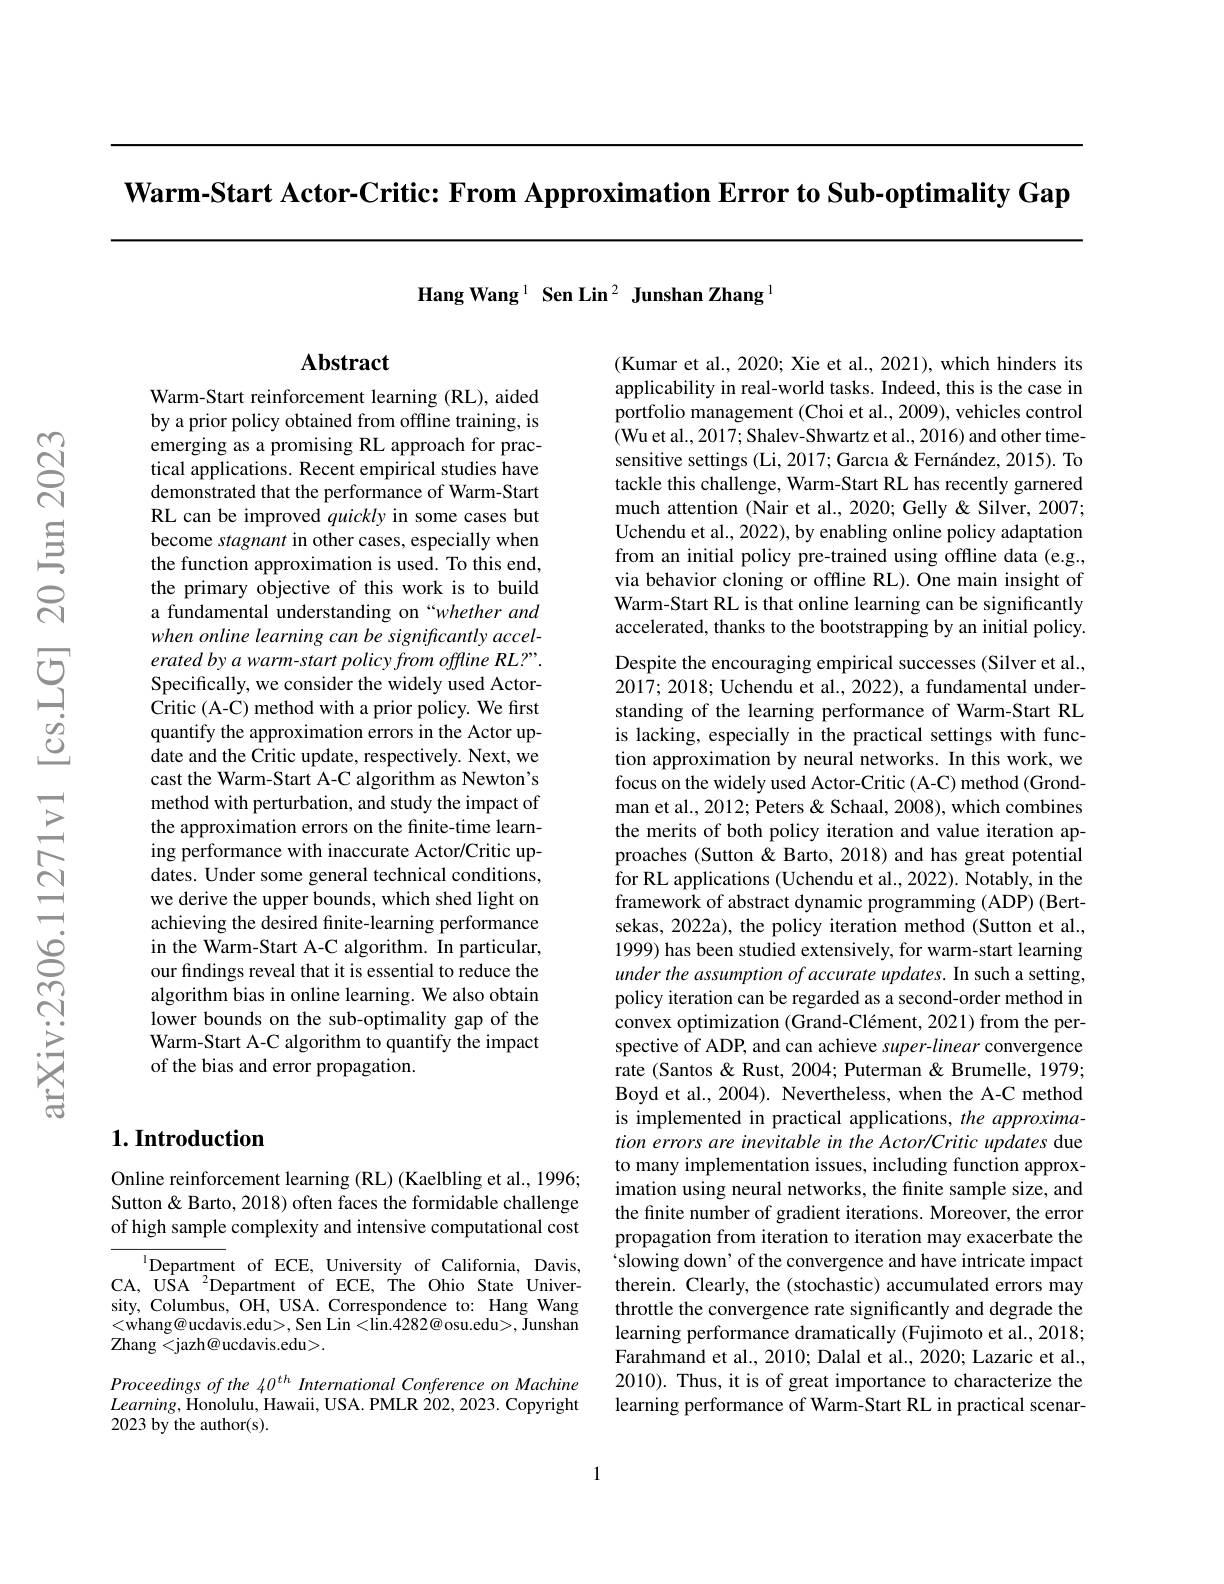
Warm-Start Actor-Critic: From Approximation Error to Sub-optimality Gap

Hang Wang 1 Sen Lin 2 Junshan Zhang

Abstract

Warm-Start reinforcement learning (RL), aided by a prior policy obtained from offline training, is emerging as a promising RL approach for practical applications. Recent empirical studies have demonstrated that the performance of Warm-Start RL can be improved quickly in some cases but become stagnant in other cases, especially when the function approximation is used. To this end, the primary objective of this work is to build a fundamental understanding on “whether and when online learning can be significantly accelerated by a warm-start policy from offline RL?”. Specifically, we consider the widely used ActorCritic (A-C) method with a prior policy. We first quantify the approximation errors in the Actor update and the Critic update, respectively. Next, we cast the Warm-Start A-C algorithm as Newton's method with perturbation, and study the impact of the approximation errors on the finite-time learning performance with inaccurate Actor/Critic updates. Under some general technical conditions, we derive the upper bounds, which shed light on achieving the desired finite-learning performance in the Warm-Start A-C algorithm. In particular, our findings reveal that it is essential to reduce the algorithm bias in online learning. We also obtain lower bounds on the sub-optimality gap of the Warm-Start A-C algorithm to quantify the impact of the bias and error propagation.

## $1. \textbf{Introduction}$

Online reinforcement learning (RL) (Kaelbling et al., 1996; Sutton & Barto, 2018) often faces the formidable challenge of high sample complexity and intensive computational cost

$^{1}$Department of ECE, University of California, Davis, CA, USA $^2$Department of ECE, The Ohio State University, Columbus, OH, USA. Correspondence to: Hang Wang <whang@ucdavis.edu>, Sen Lin<lin$.4282@$osu.edu>,Junshan Zhang<jazh@ucdavis.edu>.

Proceedings of the 40$^{th}$ International Conference on Machine $Learning$,Honolulu, Hawaii, USA. PMLR 202, 2023. Copyright 2023 by the author(s).

(Kumar et al., 2020; Xie et al., 2021), which hinders its applicability in real-world tasks. Indeed, this is the case in portfolio management (Choi et al., 2009), vehicles control (Wu et al., 2017; Shalev- Shwartz et al., 2016) and other timesensitive settings (Li, 2017; Garcıa & Fernández, 2015). To tackle this challenge, Warm-Start RL has recently garnered much attention (Nair et al., 2020; Gelly & Silver, 2007; Uchendu et al., 2022), by enabling online policy adaptation from an initial policy pre-trained using offline data (e.g., via behavior cloning or offline RL). One main insight of Warm-Start RL is that online learning can be significantly accelerated, thanks to the bootstrapping by an initial policy. Despite the encouraging empirical successes (Silver et al., 2017;2018; Uchendu et al., 2022), a fundamental understanding of the learning performance of Warm-Start RL is lacking, especially in the practical settings with function approximation by neural networks. In this work, we focus on the widely used Actor-Critic (A-C) method (Grondman et al., 2012; Peters & Schaal, 2008), which combines the merits of both policy iteration and value iteration approaches (Sutton & Barto, 2018) and has great potential for RL applications (Uchendu et al., 2022). Notably, in the framework of abstract dynamic programming (ADP) (Bertsekas, 2022a), the policy iteration method (Sutton et al., 1999) has been studied extensively, for warm-start learning under the assumption of accurate updates. In such a setting, policy iteration can be regarded as a second-order method in convex optimization (Grand-Clément, 2021) from the perspective of ADP, and can achieve super-linear convergence rate (Santos & Rust, 2004; Puterman & Brumelle, 1979; Boyd et al., 2004). Nevertheless, when the A-C method is implemented in practical applications, the approximation errors are inevitable in the Actor/Critic updates due to many implementation issues, including function approximation using neural networks, the finite sample size, and the finite number of gradient iterations. Moreover, the erron propagation from iteration to iteration may exacerbate the slowing down' of the convergence and have intricate impact therein. Clearly, the (stochastic) accumulated errors may throttle the convergence rate significantly and degrade the learning performance dramatically (Fujimoto et al., 2018; Farahmand et al., 2010; Dalal et al., 2020; Lazaric et al., 2010). Thus, it is of great importance to characterize the learning performance of Warm-Start RL in practical scenar-

1